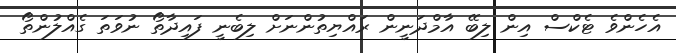
އެހެންވެ ޓެކްސް އިން ލިބޭ އާމްދަނީން ރައްޔިތުންނަށް ލިބެނީ ފައިދާތޯ ނުވަތަ ގެއްލުންތޯ